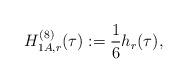
LaTeX: \begin{align*}H^{(8)}_{1A,r}(\tau):=\frac{1}{6}h_r(\tau),\end{align*}